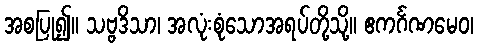
အစပြု၍။ သဗ္ဗဒိသာ၊ အလုံးစုံသောအရပ်တို့သို့။ ဧကင်္ဂဏမေဝ၊